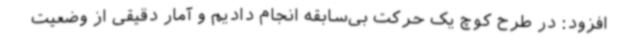
افزود: در طرح کوچ یک حرکت بی‌سابقه انجام دادیم و آمار دقیقی از وضعیت